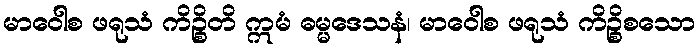
မာဝေါစ ဖရုသံ ကိဉ္စိတိ ဣမံ ဓမ္မဒေသနံ၊ မာဝေါစ ဖရုသံ ကိဉ္စိစသော